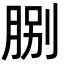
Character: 𦛺